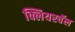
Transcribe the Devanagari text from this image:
क्लियरवॅल